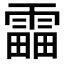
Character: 𩄣